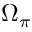
\Omega _ { \pi }